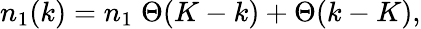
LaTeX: n_{1}(k)=n_{1}\; \Theta(K-k)+\Theta(k-K),